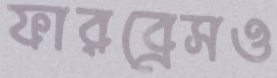
ফারব্রেসও